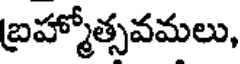
బ్రహ్మోత్సవమలు,